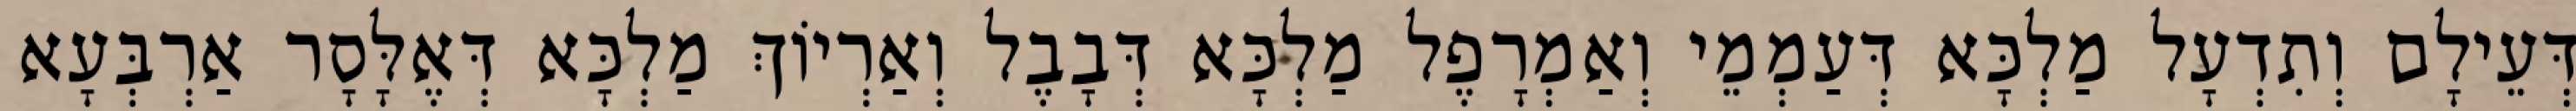
דְּעֵילָם וְתִדְעָל מַלְכָּא דְּעַמְמֵי וְאַמְרָפֶל מַלְכָּא דְּבָבֶל וְאַרְיוֹךְ מַלְכָּא דְּאֶלָּסָר אַרְבְּעָא